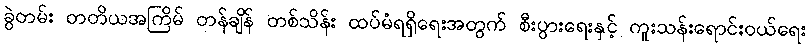
ခွဲတမ်း တတိယအကြိမ် တန်ချိန် တစ်သိန်း ထပ်မံရရှိရေးအတွက် စီးပွားရေးနှင့် ကူးသန်းရောင်းဝယ်ရေး